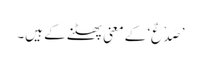
’صَدْعٌ‘ کے معنی پھٹنے کے ہیں۔